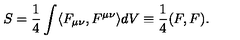
S = \frac { 1 } { 4 } \int \langle F _ { \mu \nu } , F ^ { \mu \nu } \rangle d V \equiv \frac { 1 } { 4 } ( F , F ) .